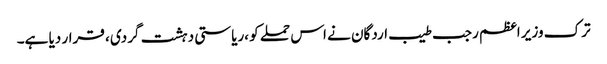
ترک وزیر اعظم رجب طیب اردگان نے اس حملے کو ،ریاستی دہشت گردی ، قرار دیا ہے۔